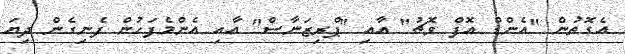
އެގޮތުން "އެންޑް އޮފް ވޮޗު" އާއި "ޕްރިޒަނާސް" އާއި އެންމެފަހުން ފެނިގެން ދިޔަ